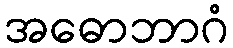
အဓောဘာဂံ